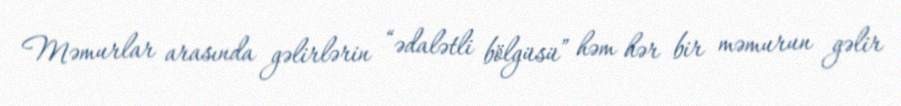
Məmurlar arasında gəlirlərin “ədalətli bölgüsü” həm hər bir məmurun gəlir